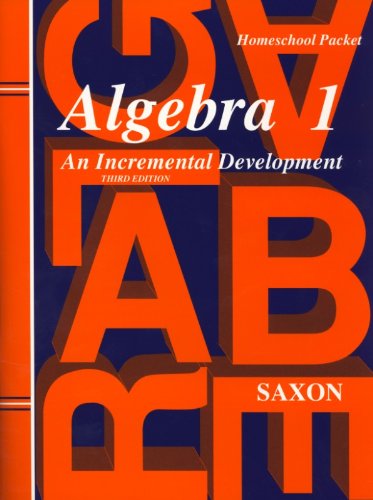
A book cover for Algebra 1: An Incremental Development - Homeschool Packet, 3rd Edition; John H. Saxon Jr.; Science & Math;